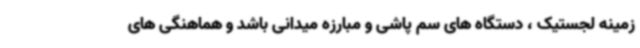
زمینه لجستیک ، دستگاه های سم پاشی و مبارزه میدانی باشد و هماهنگی های